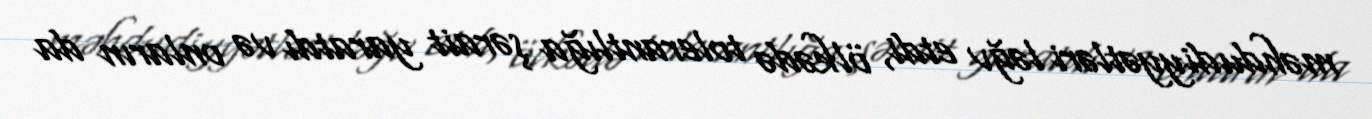
məhdudiyyətləri ləğv etdi, ölkədə tolerantlığa şərait yaratdı və onların da